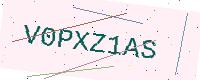
Text: V0PXZ1AS